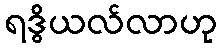
ရဒွိယလ်လာဟု